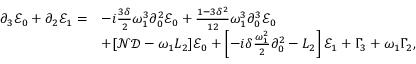
\begin{array} { r l } { \partial _ { 3 } \mathcal { E } _ { 0 } + \partial _ { 2 } \mathcal { E } _ { 1 } = } & { - i \frac { 3 \delta } { 2 } \omega _ { 1 } ^ { 3 } \partial _ { 0 } ^ { 2 } \mathcal { E } _ { 0 } + \frac { 1 - 3 \delta ^ { 2 } } { 1 2 } \omega _ { 1 } ^ { 3 } \partial _ { 0 } ^ { 3 } \mathcal { E } _ { 0 } } \\ & { + [ \mathcal { N } \mathcal { D } - \omega _ { 1 } L _ { 2 } ] \mathcal { E } _ { 0 } + \left[ - i \delta \frac { \omega _ { 1 } ^ { 2 } } { 2 } \partial _ { 0 } ^ { 2 } - L _ { 2 } \right] \mathcal { E } _ { 1 } + \Gamma _ { 3 } + \omega _ { 1 } \Gamma _ { 2 } , } \end{array}